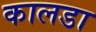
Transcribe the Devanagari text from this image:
कालडा